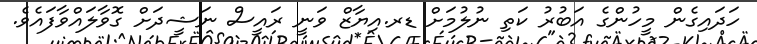
ހަދައިގެން މީހުންގެ އަބުރު ކަތި ނުލުމަށް ޑރ.އިޔާޒް ވަނީ ރައީސް ނަޝީދަށް ގޮވާލައްވާފައެވެ.